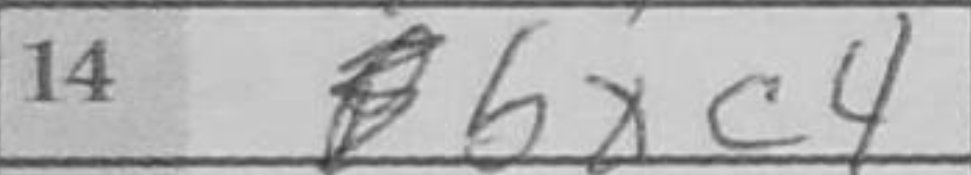
Transcription: bxc4